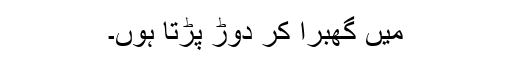
میں گھبرا کر دوڑ پڑتا ہوں۔